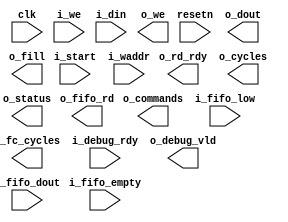
/*******************************************************************************
    Verilog netlist generated by IPGEN Radiant Software (64-bit) 1.1.0.165.1
    Soft IP Version: 2.0.0.02
    Mon Dec 02 11:22:59 2019
*******************************************************************************/
/*******************************************************************************
    Wrapper Module generated per user settings.
*******************************************************************************/
module cnn_accel (clk, resetn, o_rd_rdy, i_start, i_we, i_waddr, i_din, o_we,
    o_dout, o_cycles, o_commands, o_fc_cycles, i_debug_rdy, o_debug_vld,
    o_fill, i_fifo_empty, i_fifo_low, o_fifo_rd, i_fifo_dout, o_status)/* synthesis syn_black_box syn_declare_black_box=1 */;
    input  clk;
    input  resetn;
    output  o_rd_rdy;
    input  i_start;
    input  i_we;
    input  [16:0]  i_waddr;
    input  [15:0]  i_din;
    output  o_we;
    output  [15:0]  o_dout;
    output  [31:0]  o_cycles;
    output  [31:0]  o_commands;
    output  [31:0]  o_fc_cycles;
    input  i_debug_rdy;
    output  o_debug_vld;
    output  o_fill;
    input  i_fifo_empty;
    input  i_fifo_low;
    output  o_fifo_rd;
    input  [31:0]  i_fifo_dout;
    output  [7:0]  o_status;
endmodule